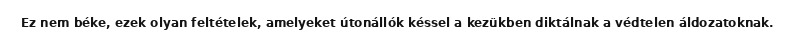
Ez nem béke, ezek olyan feltételek, amelyeket útonállók késsel a kezükben diktálnak a védtelen áldozatoknak.